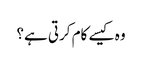
وہ کیسے کام کرتی ہے؟